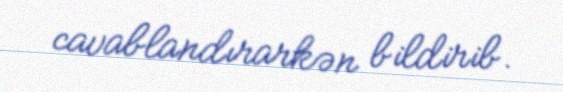
cavablandırarkən bildirib.